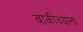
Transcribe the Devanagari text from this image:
बाकीच्यांना